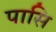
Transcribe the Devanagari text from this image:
पासि